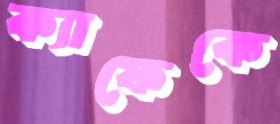
ক্যাফেকে